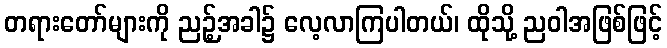
တရားတော်များကို ညဉ့်အခါ၌ လေ့လာကြပါတယ်၊ ထိုသို့ ညဝါအဖြစ်ဖြင့်